Civil Veterinary Department Bengal reports 1933-51 - 1933-1951
Year: 1933
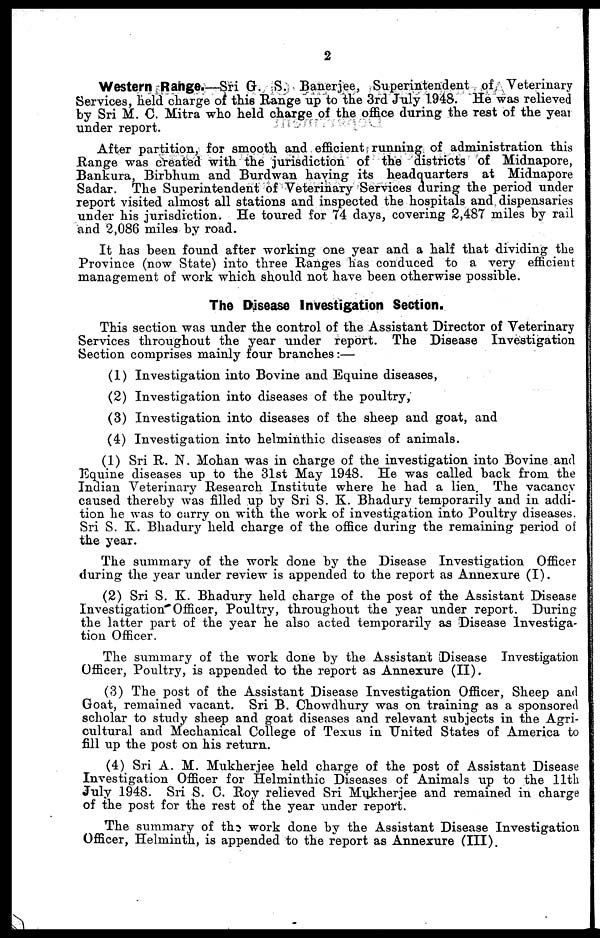
2
Western Range.—Sri G. S. Banerjee, Superintendent of Veterinary
Services, held charge of this Range up to the 3rd July 1.948. He was relieved
by Sri M. C. Mitra who held charge of the office during the rest of the year
under report.
After partition, for smooth and efficient running of administration this
Range was created with the jurisdiction of the districts of Midnapore,
Bankura, Birbhum and Burdwan having its headquarters at Midnapore
Sadar. The Superintendent of Veterinary Services during the period under
report visited almost all stations and inspected the hospitals and dispensaries
under his jurisdiction. He toured for 74 days, covering 2,487 miles by rail
and 2,086 miles by road.
It has been found after working one year and a half that dividing the
Province (now State) into three Ranges has conduced to a very efficient
management of work which should not have been otherwise possible.
The Disease Investigation Section.
This section was under the control of the Assistant Director of Veterinary
Services throughout the year under report. The Disease Investigation
Section comprises mainly four branches :—
(1) Investigation into Bovine and Equine diseases,
(2) Investigation into diseases of the poultry,
(3) Investigation into diseases of the sheep and goat, and
(4) Investigation into helminthic diseases of animals.
(1) Sri R. N. Mohan was in charge of the investigation into Bovine and
Equine diseases up to the 31st May 1948. He was called back from the
Indian Veterinary Research Institute where he had a lien. The vacancy
caused thereby was filled up by Sri S. K. Bhadury temporarily and in addi-
tion he was to carry on with the work of investigation into Poultry diseases.
Sri S. K. Bhadury held charge of the office during the remaining period of
the year.
The summary of the work done by the Disease Investigation Officer
during the year under review is appended to the report as Annexure (I).
(2) Sri S. K. Bhadury held charge of the post of the Assistant Disease
Investigation Officer, Poultry, throughout the year under report. During
the latter part of the year he also acted temporarily as Disease Investiga-
tion Officer.
The summary of the work done by the Assistant Disease Investigation
Officer, Poultry, is appended to the report as Annexure (II).
(3) The post of the Assistant Disease Investigation Officer, Sheep and
Goat, remained vacant. Sri B. Chowdhury was on training as a sponsored
scholar to study sheep and goat diseases and relevant subjects in the Agri-
cultural and Mechanical College of Texus in United States of America to
fill up the post on his return.
(4) Sri A. M. Mukherjee held charge of the post of Assistant Disease
Investigation Officer for Helminthic Diseases of Animals up to the 11th
July 1948. Sri S. C. Roy relieved Sri Mukherjee and remained in charge
of the post for the rest of the year under report.
The summary of the work done by the Assistant Disease Investigation
Officer, Helminth, is appended to the report as Annexure (III).